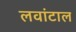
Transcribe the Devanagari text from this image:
लवांटाल